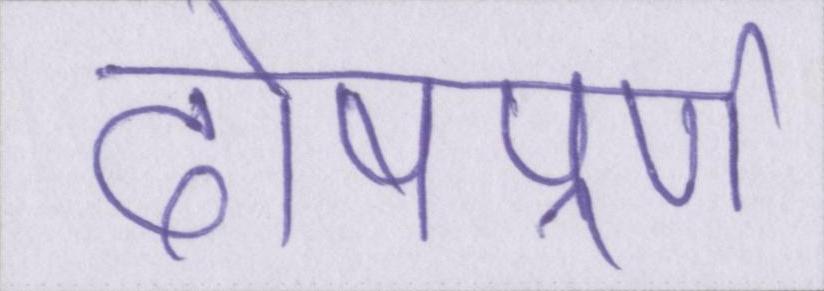
दोषपूर्ण